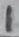
Text: 1